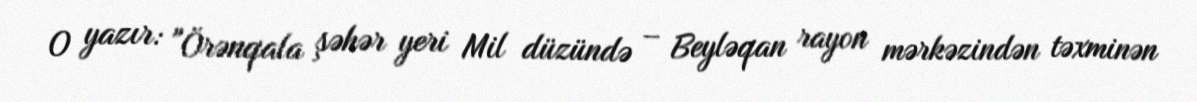
O yazır: "Örənqala şəhər yeri Mil düzündə – Beyləqan rayon mərkəzindən təxminən